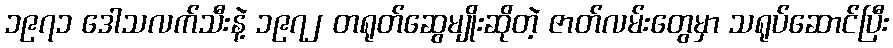
၁၉၇၁ ဒေါသလက်သီးနဲ့ ၁၉၇၂ တရုတ်ဆွေမျိုးဆိုတဲ့ ဇာတ်လမ်းတွေမှာ သရုပ်ဆောင်ပြီး